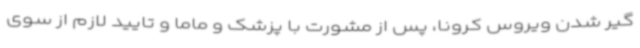
گیر شدن ویروس کرونا، پس از مشورت با پزشک و ماما و تایید لازم از سوی